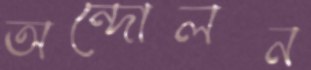
অন্দোলন